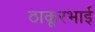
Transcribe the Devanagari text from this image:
ठाकूरभाई